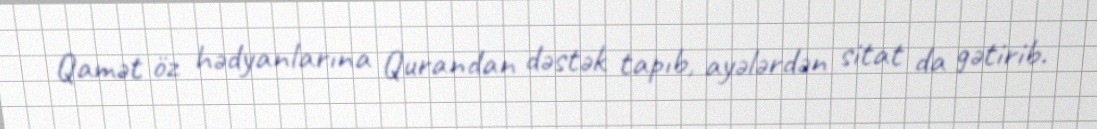
Qamət öz hədyanlarına Qurandan dəstək tapıb, ayələrdən sitat da gətirib.